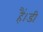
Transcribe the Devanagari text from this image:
हैं।डी